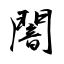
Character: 闇